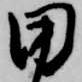
田